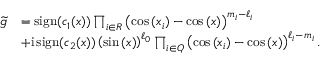
\begin{array} { r l } { \widetilde { g } } & { = \operatorname { s i g n } ( c _ { 1 } ( x ) ) \prod _ { i \in R } \left( \cos { ( x _ { i } ) } - \cos { ( x ) } \right) ^ { m _ { i } - \ell _ { i } } } \\ & { + \mathrm { i } \operatorname { s i g n } ( c _ { 2 } ( x ) ) \left( \sin { ( x ) } \right) ^ { \ell _ { 0 } } \prod _ { i \in Q } \left( \cos { ( x _ { i } ) } - \cos { ( x ) } \right) ^ { \ell _ { i } - m _ { i } } . } \end{array}